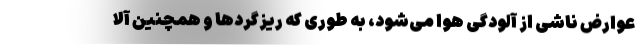
عوارض ناشی از آلودگی هوا می‌شود، به طوری که ریزگردها و همچنین آلا